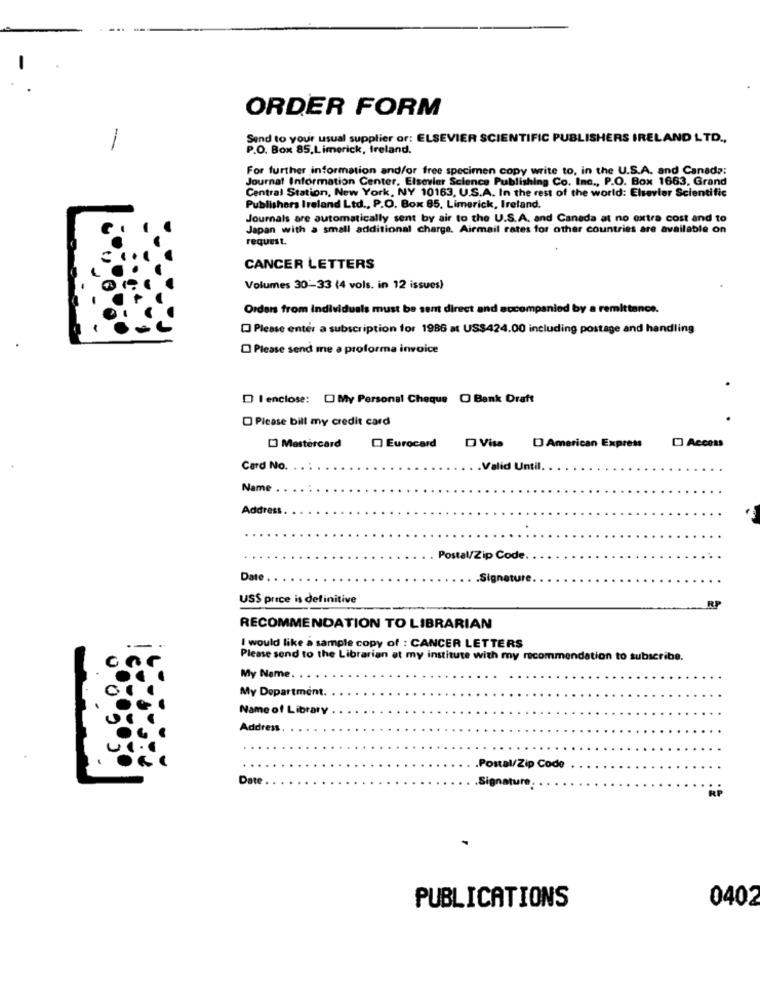
ORDER FORM
-
Send to your usual supplier or: ELSEVIER SCIENTIFIC PUBLISHERS IRELAND LTD .,
P.O. Box 85,Limerick, Ireland.
For further information and/or free specimen copy write to, in the U.S.A. and Canada:
Journal Information Center, Elsevier Science Publishing Co. Inc ., P.O. Box 1663, Grand
Central Station, New York, NY 10163, U.S.A. In the rest of the world: Elsevier Scientific
Publishers Ireland Ltd ., P.O. Box 85, Limerick, Ireland.
Journals are automatically sent by air to the U.S.A. and Canada at no extra cost and to
Japan with a small additional charge. Airmail rates for other countries are available on
request.
CANCER LETTERS
Volumes 30-33 (4 vols. in 12 issues)
Orders from individuals must be sent direct and accompanied by a remittance.
Please enter a subscription for 1986 at US$424.00 including postage and handling
Please send me a proforma invoice
Ienclose: [ My Personal Cheque O Bank Draft
Please bill my credit card
Mastercard
Eurocard
D Visa D American Express
Access
Card No. . .
.Valid Until
Name
Address
Postal/Zip Code
Date
Signature
US$ price is definitive
RP
RECOMMENDATION TO LIBRARIAN
I would like a sample copy of : CANCER LETTERS
Please send to the Librarian at my institute with my recommendation to subscribe.
My Name.
My Department.
Name of Library
Address
Postal/Zip Code
Date
.Signature
RP
0402
PUBLICATIONS